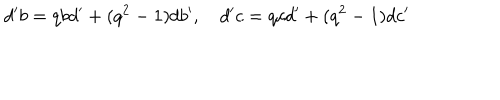
d ^ { \prime } b = q b d ^ { \prime } + ( q ^ { 2 } - 1 ) d b ^ { \prime } , \quad d ^ { \prime } c = q c d ^ { \prime } + ( q ^ { 2 } - 1 ) d c ^ { \prime }